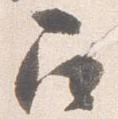
召